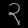
Digit: ၃